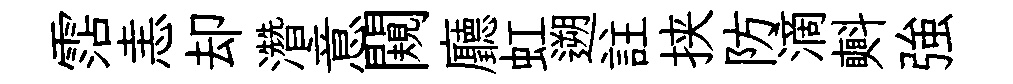
霑恚却濳意闚廳虹遡註挟防滴㪺強